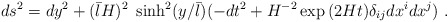
\begin{align*}ds^2 = dy^2 +(\bar{l}H)^2 \ \sinh^2 (y/\bar{l}) (-dt^2 +H^{-2} \exp{(2Ht)} \delta_{ij}dx^i dx^j)\ .\end{align*}